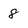
Character: 8